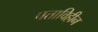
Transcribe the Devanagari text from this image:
पत्ताविहीन